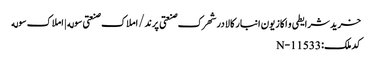
خرید شرایطی و اکازیون انبار کالا در شهرک صنعتی پرند/املاک صنعتی سوله | املاک سوله
کد ملک: N-11533